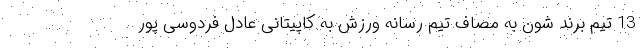
13 تیم برند شون به مصاف تیم رسانه ورزش به کاپیتانی عادل فردوسی پور